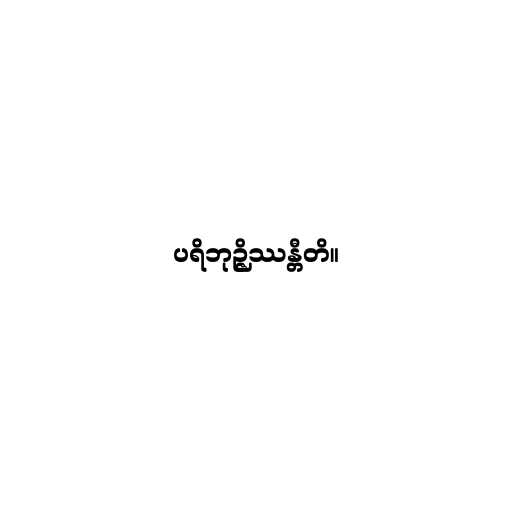
ပရိဘုဉ္ဇိဿန္တီတိ။